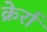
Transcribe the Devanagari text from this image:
क्रेर्रा